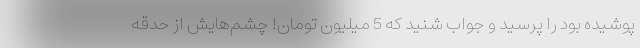
پوشیده بود را پرسید و جواب شنید که 5 میلیون تومان! چشم‌هایش از حدقه